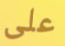
على